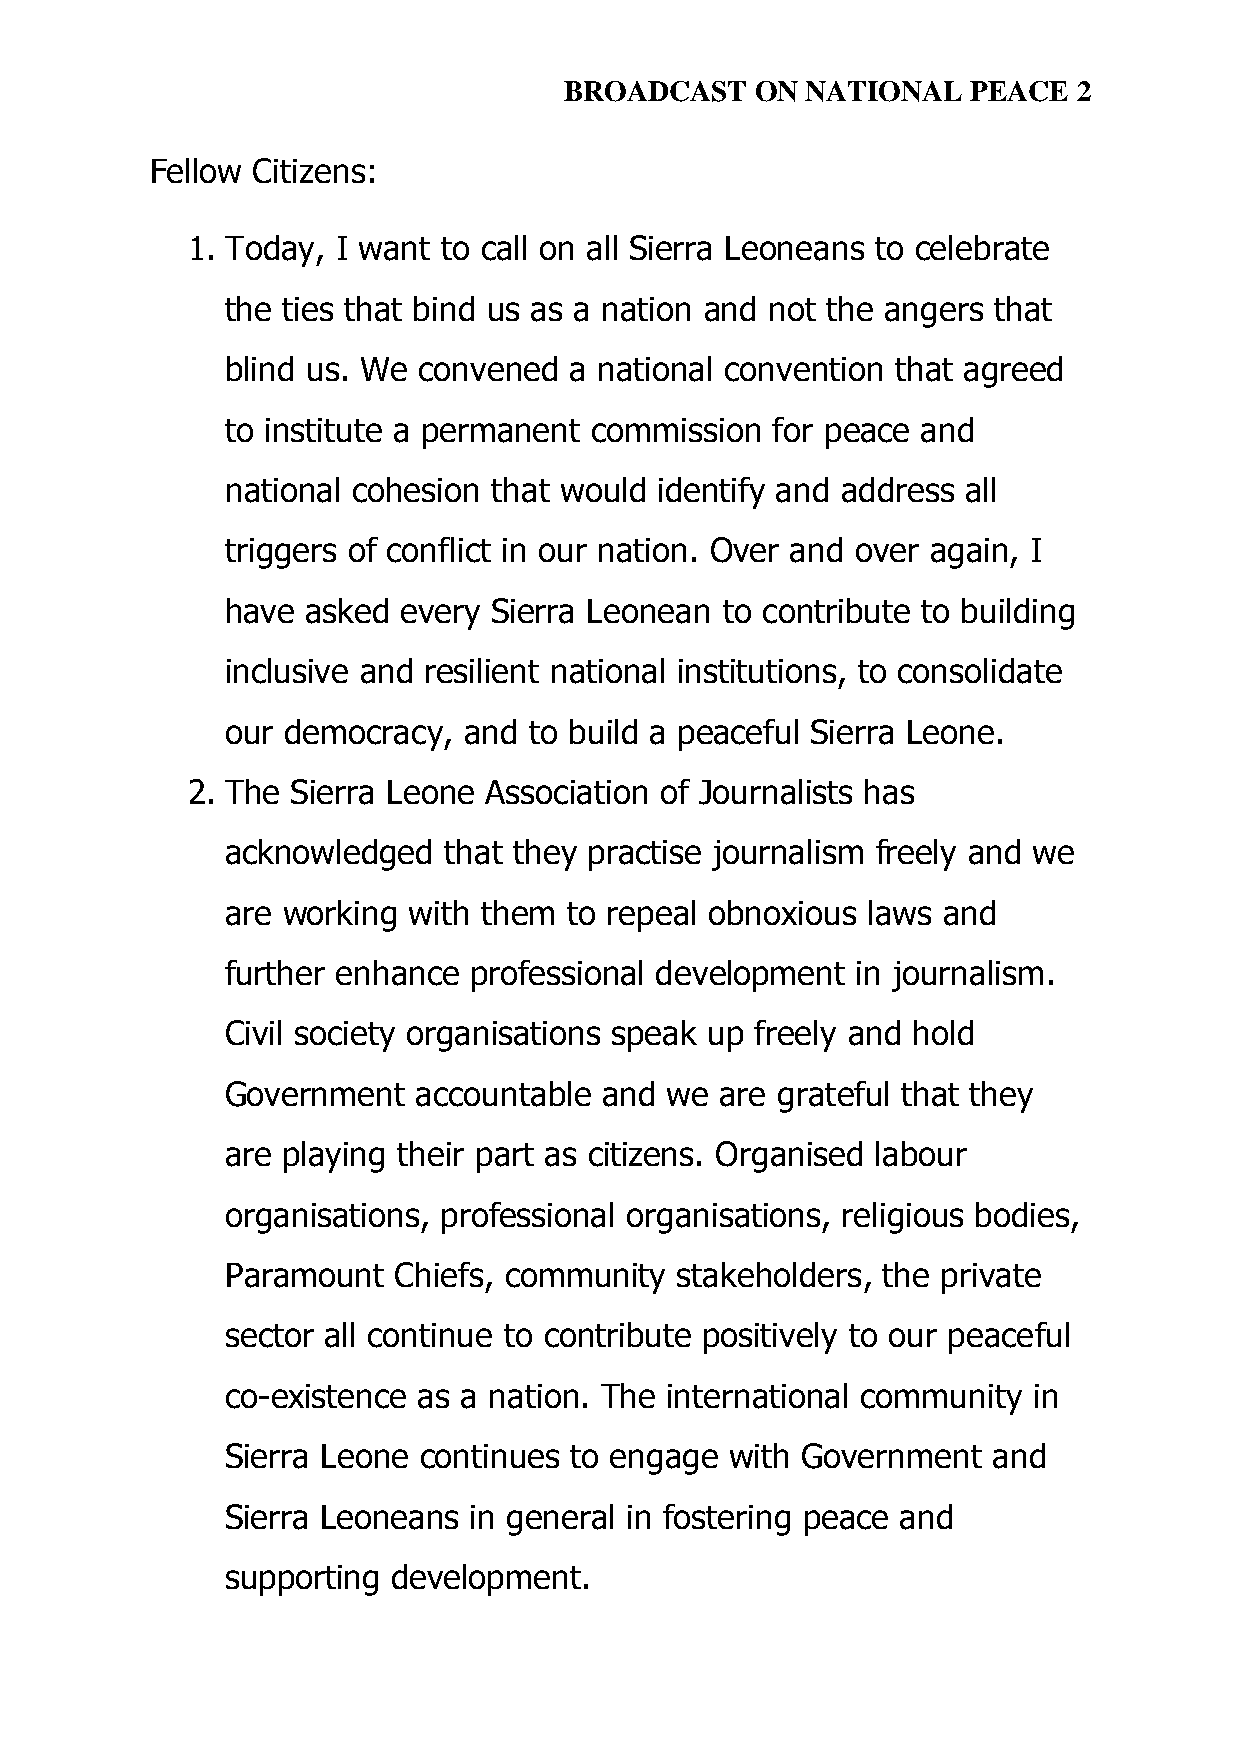
BROADCAST    ON NATIONAL   PEACE  2
 Fellow Citizens:
 1. Today, I want to call on all Sierra Leoneans to celebrate
 the ties that bind us as a nation and not the angers that
 blind us. We convened  a national convention that agreed
 to institute a permanent commission for peace and
 national cohesion that would identify and address all
 triggers of conflict in our nation. Over and over again, I
 have asked  every Sierra Leonean to contribute to building
 inclusive and resilient national institutions, to consolidate
 our democracy,  and to build a peaceful Sierra Leone.
 2. The Sierra Leone Association of Journalists has
 acknowledged  that they practise journalism freely and we
 are working with them  to repeal obnoxious laws and
 further enhance professional development  in journalism.
 Civil society organisations speak up freely and hold
 Government   accountable and we  are grateful that they
 are playing their part as citizens. Organised labour
 organisations, professional organisations, religious bodies,
 Paramount  Chiefs, community  stakeholders, the private
 sector all continue to contribute positively to our peaceful
 co-existence as a nation. The international community in
 Sierra Leone continues to engage with Government   and
 Sierra Leoneans in general in fostering peace and
 supporting development.